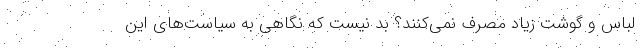
لباس و گوشت زیاد مصرف نمی‌کنند؟ بد نیست که نگاهی به سیاست‌های این